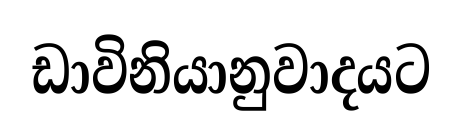
ඩාවිනියානුවාදයට